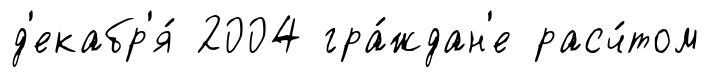
д'екабр'я́ 2004 гра́ждан'е расч́том